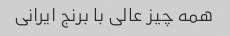
همه چیز عالی با برنج ایرانی